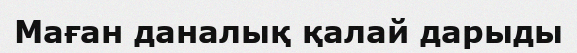
Маған даналық қалай дарыды